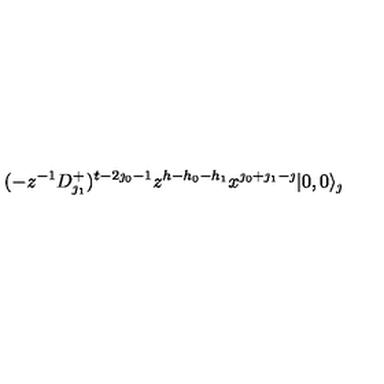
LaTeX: ( - z ^ { - 1 } D _ { \jmath _ { 1 } } ^ { + } ) ^ { t - 2 \jmath _ { 0 } - 1 } z ^ { h - h _ { 0 } - h _ { 1 } } x ^ { \jmath _ { 0 } + \jmath _ { 1 } - \jmath } | 0 , 0 \rangle _ { \jmath }